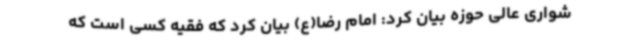
شواری عالی حوزه بیان کرد: امام رضا(ع) بیان کرد که فقیه کسی است که